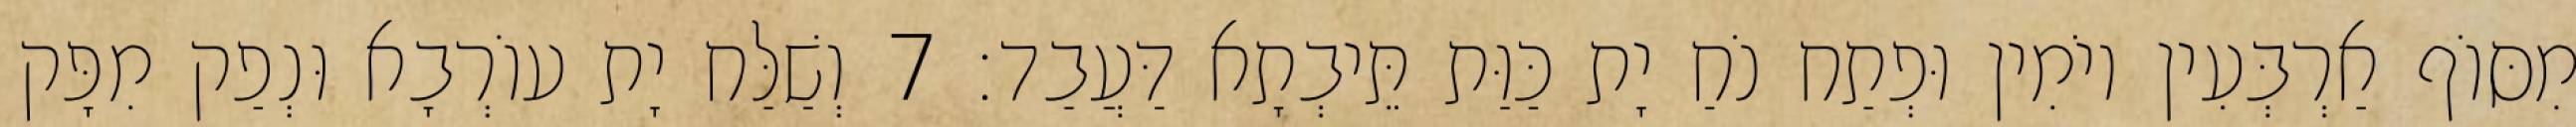
מִסּוֹף אַרְבְּעִין יוֹמִין וּפְתַח נֹחַ יָת כַּוַּת תֵּיבְתָא דַּעֲבַד׃ 7 וְשַׁלַּח יָת עוֹרְבָא וּנְפַק מִפָּק